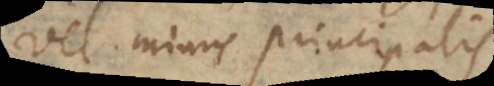
vel minus principalis.